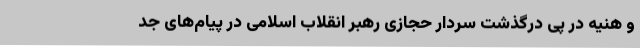
و هنیه در پی درگذشت سردار حجازی رهبر انقلاب اسلامی در پیام‌های جد